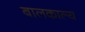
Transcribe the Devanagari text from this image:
बालकाल्य